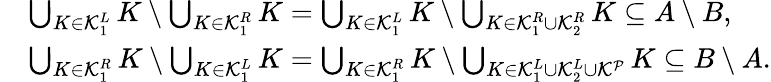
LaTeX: \begin{array}{rl}&{\bigcup_{K\in\mathcal{K}_{1}^{L}}K\setminus\bigcup_{K\in\mathcal{K}_{1}^{R}}K=\bigcup_{K\in\mathcal{K}_{1}^{L}}K\setminus\bigcup_{K\in\mathcal{K}_{1}^{R}\cup\mathcal{K}_{2}^{R}}K\subseteq A\setminus B,}\\ &{\bigcup_{K\in\mathcal{K}_{1}^{R}}K\setminus\bigcup_{K\in\mathcal{K}_{1}^{L}}K=\bigcup_{K\in\mathcal{K}_{1}^{R}}K\setminus\bigcup_{K\in\mathcal{K}_{1}^{L}\cup\mathcal{K}_{2}^{L}\cup\mathcal{K}^{\mathcal{P}}}K\subseteq B\setminus A.}\end{array}